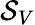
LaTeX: \mathcal{S}_{V}